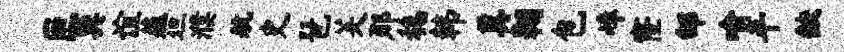
叵巽谊薤坦濮航史琶芙那稳韩奠翱包嶂窿邰喻平缺